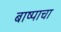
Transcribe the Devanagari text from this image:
बाष्पाचा